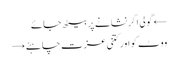
← گولی اگر نشانے پر بیٹھ جائے
ووٹ کو اور کتنی عزت چاہئے →